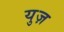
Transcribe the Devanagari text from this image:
युज़